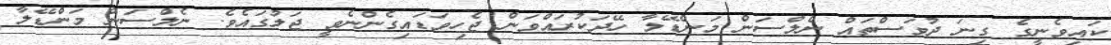
ކައިވެނީގެ ގިނަ ދުވަސްތައް ނެލްސަން މަންޑޭލާ ހޭދަކުރައްވަން ޖެހިވަޑައިގެންނެވީ ޖަލުގައެވެ. ނެލްސަން މަންޑޭލާ